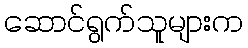
ဆောင်ရွက်သူများက